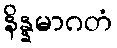
နိန္နမာဂတံ